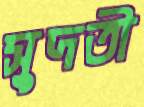
সুদতী